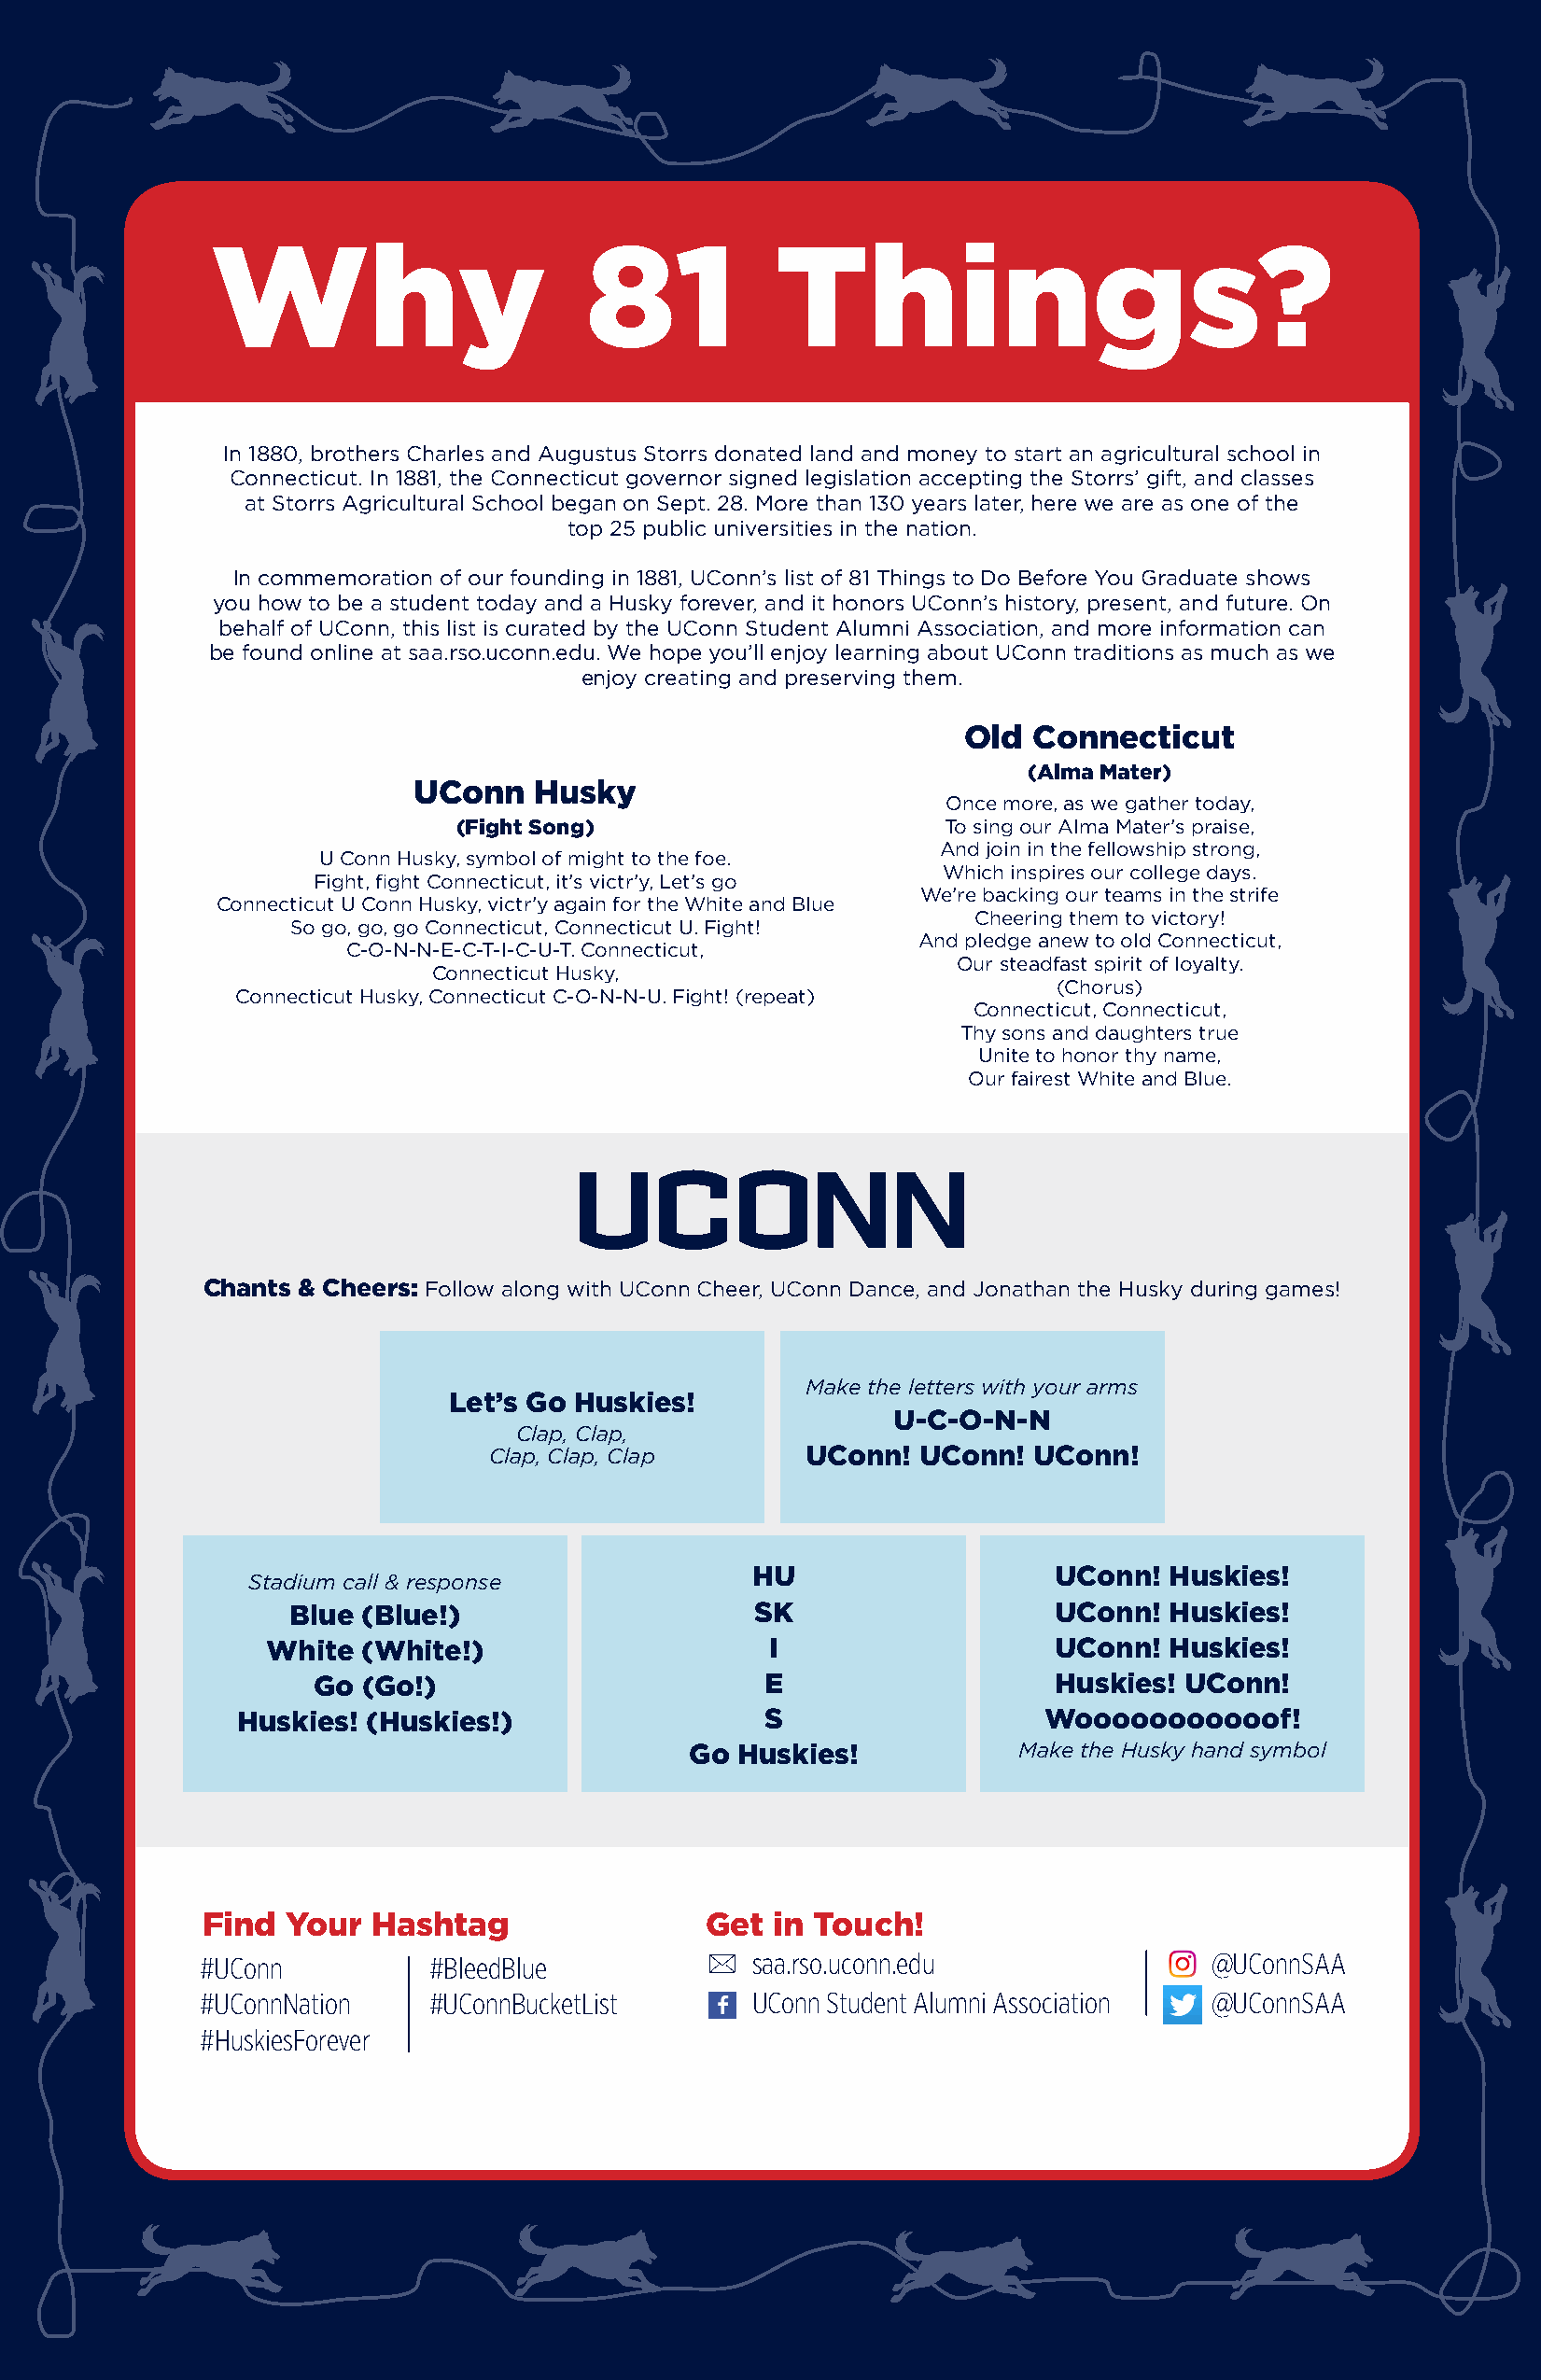
Why                        81           Things?
 In 1880, brothers Charles and Augustus Storrs donated land and money to start an agricultural school in
 Connecticut. In 1881, the Connecticut governor signed legislation accepting the Storrs’ gift, and classes
 at Storrs Agricultural School began on Sept. 28. More than 130 years later, here we are as one of the
 top 25 public universities in the nation.
 In commemoration of our founding in 1881, UConn’s list of 81 Things to Do Before You Graduate shows
 you how to be a student today and a Husky forever, and it honors UConn’s history, present, and future. On
 behalf of UConn, this list is curated by the UConn Student Alumni Association, and more information can
 be found online at saa.rso.uconn.edu. We hope you’ll enjoy learning about UConn traditions as much as we
 enjoy creating and preserving them.
 Old  Connecticut
 (Alma Mater)
 UConn    Husky
 Once more, as we gather today,
 (Fight Song)                       To sing our Alma Mater’s praise,
 And join in the fellowship strong,
 U Conn Husky, symbol of might to the foe.
 Which inspires our college days.
 Fight, fight Connecticut, it’s victr’y, Let’s go
 We’re backing our teams in the strife
 Connecticut U Conn Husky, victr’y again for the White and Blue
 Cheering them to victory!
 So go, go, go Connecticut, Connecticut U. Fight!
 And pledge anew to old Connecticut,
 C-O-N-N-E-C-T-I-C-U-T. Connecticut,
 Our steadfast spirit of loyalty.
 Connecticut Husky,
 (Chorus)
 Connecticut Husky, Connecticut C-O-N-N-U. Fight! (repeat)
 Connecticut, Connecticut,
 Thy sons and daughters true
 Unite to honor thy name,
 Our fairest White and Blue.
 Chants & Cheers: Follow along with UConn Cheer, UConn Dance, and Jonathan the Husky during games!
 Make the letters with your arms
 Let’s Go Huskies!
 U-C-O-N-N
 Clap, Clap,
 Clap, Clap, Clap      UConn!  UConn!  UConn!
 HU                    UConn!  Huskies!
 Stadium call & response
 Blue (Blue!)                    SK                    UConn!  Huskies!
 White  (White!)                     I                   UConn!  Huskies!
 Go  (Go!)                       E                    Huskies! UConn!
 Huskies! (Huskies!)                  S                   Wooooooooooof!
 Go Huskies!            Make the Husky hand symbol
 Find  Your  Hashtag                 Get  in Touch!
 #UConn          #BleedBlue             saa.rso.uconn.edu                @UConnSAA
 #UConnNation    #UConnBucketList       UConn Student Alumni Association @UConnSAA
 #HuskiesForever